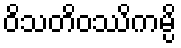
ဝိသတိဝဿိကမ္ပိ